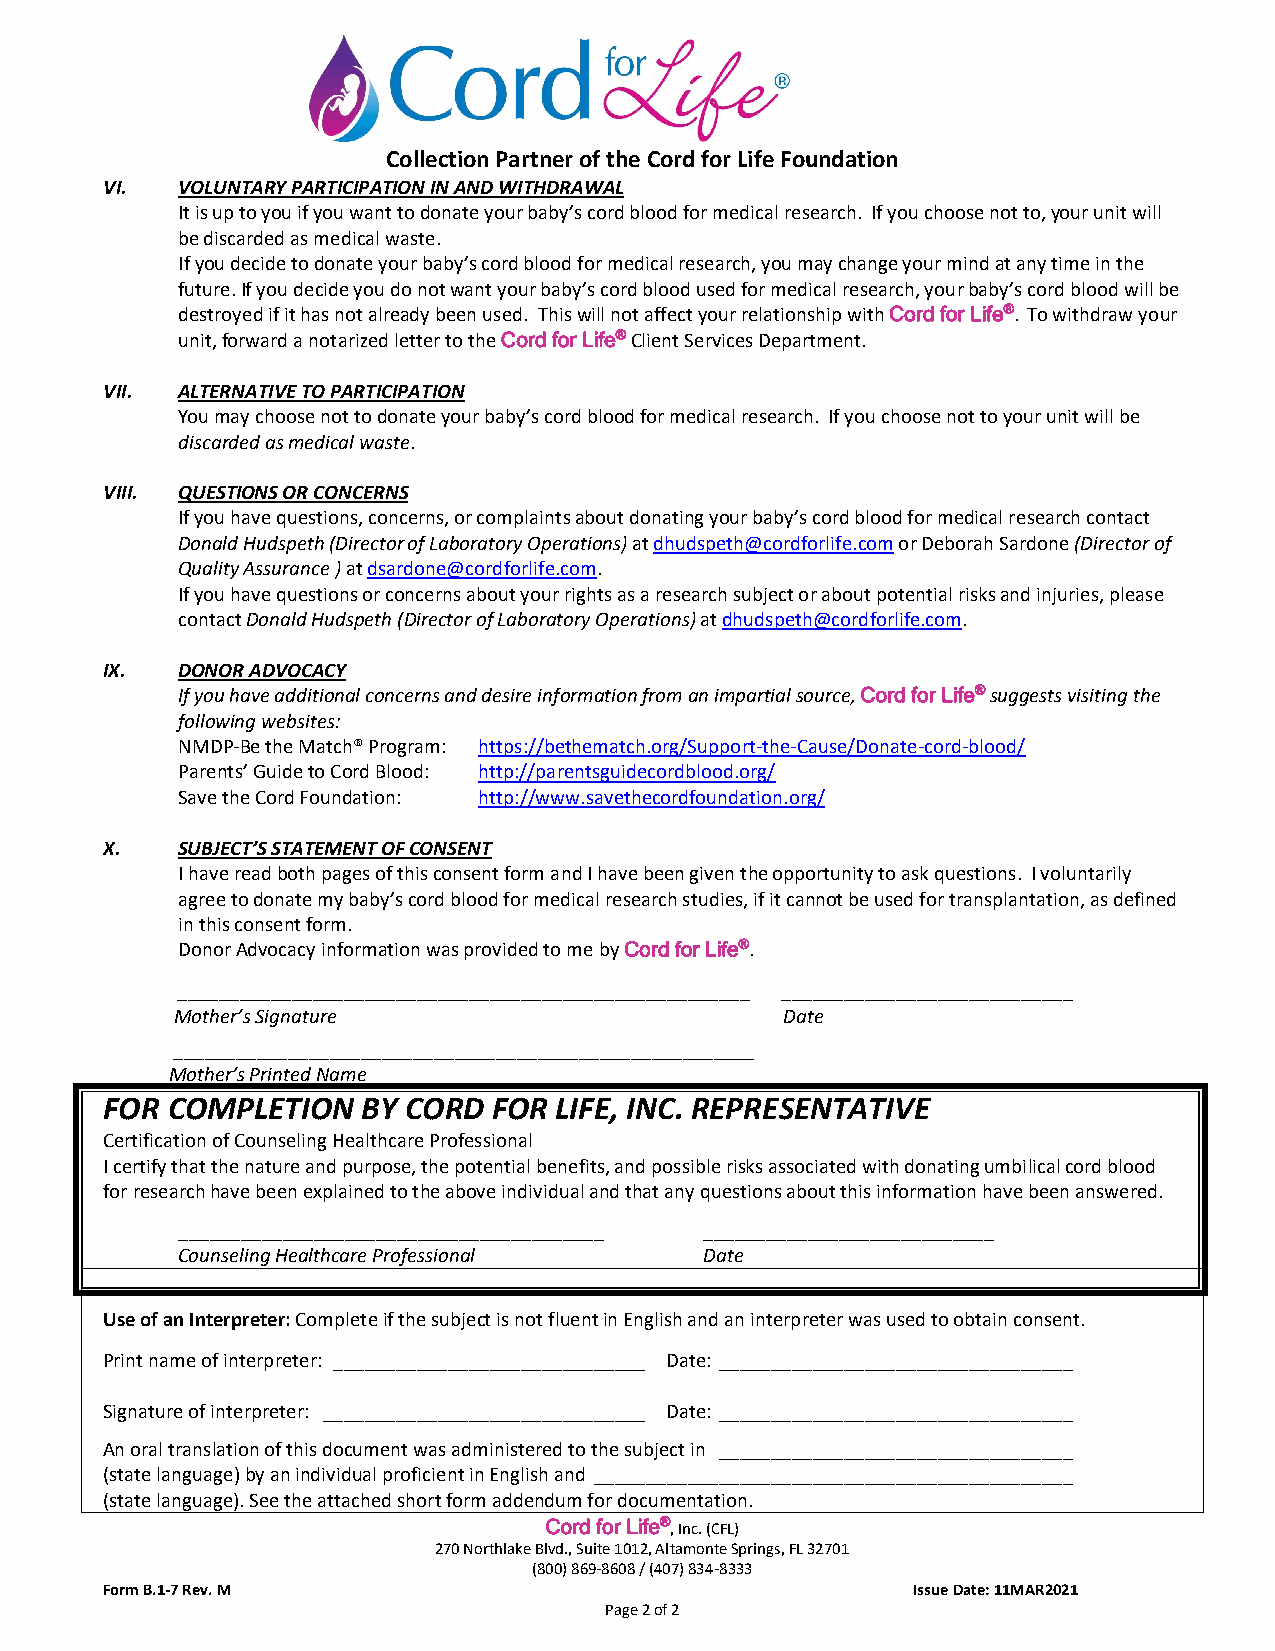
Collection Partner of the Cord for Life Foundation
 VI.  VOLUNTARY PARTICIPATION IN AND WITHDRAWAL
 It is up to you if you want to donate your baby’s cord blood for medical research. If you choose not to, your unit will
 be discarded as medical waste.
 If you decide to donate your baby’s cord blood for medical research, you may change your mind at any time in the
 future. If you decide you do not want your baby’s cord blood used for medical research, your baby’s cord blood will be
 destroyed if it has not already been used. This will not affect your relationship with Cord for Life®. To withdraw your
 unit, forward a notarized letter to the Cord for Life® Client Services Department.
 VII. ALTERNATIVE TO PARTICIPATION
 You may choose not to donate your baby’s cord blood for medical research. If you choose not to your unit will be
 discarded as medical waste.
 VIII. QUESTIONS OR CONCERNS
 If you have questions, concerns, or complaints about donating your baby’s cord blood for medical research contact
 Donald Hudspeth (Director of Laboratory Operations) at dhudspeth@cordforlife.com or Deborah Sardone (Director of
 Quality Assurance ) at dsardone@cordforlife.com.
 If you have questions or concerns about your rights as a research subject or about potential risks and injuries, please
 contact Donald Hudspeth (Director of Laboratory Operations) at dhudspeth@cordforlife.com.
 IX.  DONOR ADVOCACY
 If you have additional concerns and desire information from an impartial source, Cord for Life® suggests visiting the
 following websites:
 NMDP-Be the Match® Program: https://bethematch.org/Support-the-Cause/Donate-cord-blood/
 Parents’ Guide to Cord Blood: http://parentsguidecordblood.org/
 Save the Cord Foundation: http://www.savethecordfoundation.org/
 X.   SUBJECT’S STATEMENT OF CONSENT
 I have read both pages of this consent form and I have been given the opportunity to ask questions. I voluntarily
 agree to donate my baby’s cord blood for medical research studies, if it cannot be used for transplantation, as defined
 in this consent form.
 Donor Advocacy information was provided to me by Cord for Life®.
 _______________________________________________________ ____________________________
 Mother’s Signature                      Date
 ________________________________________________________
 Mother’s Printed Name
 FOR COMPLETION   BY CORD  FOR LIFE, INC. REPRESENTATIVE
 Certification of Counseling Healthcare Professional
 I certify that the nature and purpose, the potential benefits, and possible risks associated with donating umbilical cord blood
 for research have been explained to the above individual and that any questions about this information have been answered.
 _________________________________________ ____________________________
 Counseling Healthcare Professional Date
 Use of an Interpreter: Complete if the subject is not fluent in English and an interpreter was used to obtain consent.
 Print name of interpreter: ______________________________ Date: __________________________________
 Signature of interpreter: _______________________________ Date: __________________________________
 An oral translation of this document was administered to the subject in __________________________________
 (state language) by an individual proficient in English and ______________________________________________
 (state language). See the attached short form addendum for documentation.
 Cord for Life®, Inc. (CFL)
 270 Northlake Blvd., Suite 1012, Altamonte Springs, FL 32701
 (800) 869-8608 / (407) 834-8333
 Form B.1-7 Rev. M                                    Issue Date: 11MAR2021
 Page 2 of 2